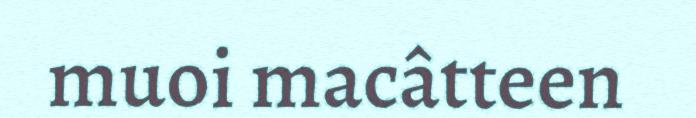
muoi macâtteen